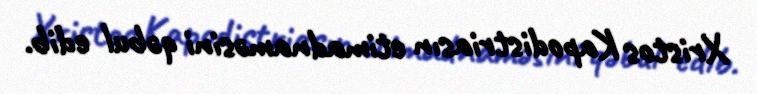
Xristos Kapodistriasın etimadnaməsini qəbul edib.